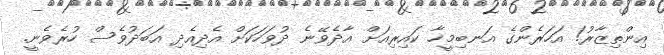
އިންތިޒާރު! އަހަރެންގެ އަނބިމީހާ ކައިރިއަށް އާދެވޭނެ ދުވަހަކަށް އެދިއެދި އަބަދުވެސް ހުރެވެނީ.